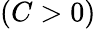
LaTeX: (C>0)